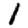
Digit: 1